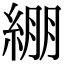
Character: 綳